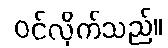
ဝင်လိုက်သည်။